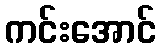
ကင်းအောင်